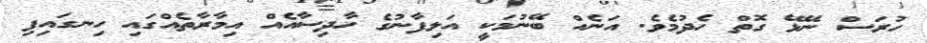
ހުރަސް ނޭޅޭ ގޮތް ހެދުމެވެ. އަނެއް ބޭނުމަކީ އަލިފާނުގެ ހާދިސާއެއް އިމާރާތެއްގައި ހިނގައިފި